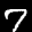
Label: 7